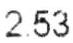
2.53